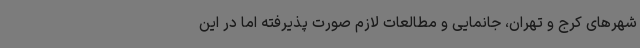
شهرهای کرج و تهران، جانمایی و مطالعات لازم صورت پذیرفته اما در این